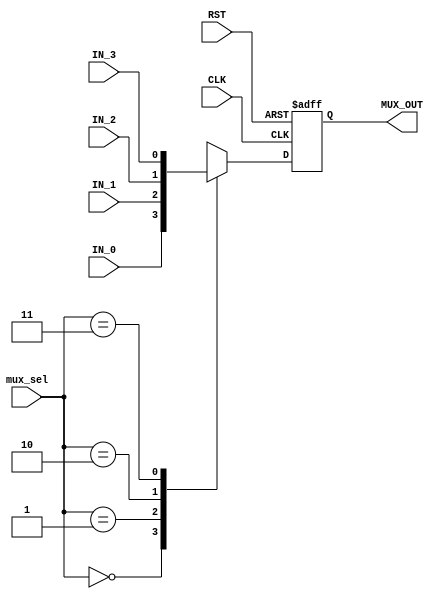
module MUX 
(
input     wire        [1:0] mux_sel,
input     wire               CLK,
input     wire               RST,
input     wire               IN_0,
input     wire               IN_1,
input     wire               IN_2,
input     wire               IN_3,
output    reg                MUX_OUT
);

always@(posedge CLK or negedge RST)
	begin
	  if(!RST)
	    MUX_OUT <= 1'b1;
	  else
		begin
			case(mux_sel)
			2'b00 : begin
						MUX_OUT <= IN_0;//1'b0
					end
			2'b01 : begin
						MUX_OUT <= IN_1; //1'b1
					end
			2'b10 : begin
						MUX_OUT <=IN_2;  //ser_data
					end
			2'b11 : begin
						MUX_OUT <=IN_3; //par_bit
					end
			endcase
		end
	end


endmodule